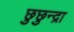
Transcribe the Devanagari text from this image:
छुछुन्द्रा